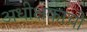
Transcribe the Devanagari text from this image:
अधीक्षकाची